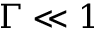
\Gamma \ll 1